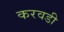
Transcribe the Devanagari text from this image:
करवडी